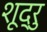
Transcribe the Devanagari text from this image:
शूद्रु